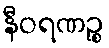
နီဝရဏဉ္စ